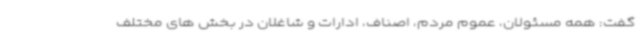
گفت: همه مسئولان، عموم مردم، اصناف، ادارات و شاغلان در بخش های مختلف